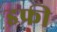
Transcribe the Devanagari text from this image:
इफ्री